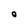
Character: 0